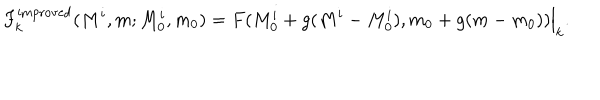
F _ { k } ^ { \mathrm { i m p r o v e d } } ( M ^ { i } , m ; M _ { 0 } ^ { i } , m _ { 0 } ) = F ( M _ { 0 } ^ { i } + g ( M ^ { i } - M _ { 0 } ^ { i } ) , m _ { 0 } + g ( m - m _ { 0 } ) ) \Big | _ { k } .